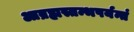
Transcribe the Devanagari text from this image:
आब्रह्मस्तम्भपर्यन्तं